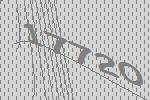
17720